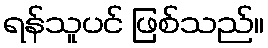
ရန်သူပင် ဖြစ်သည်။